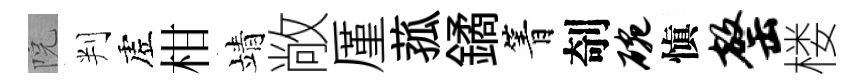
院判虗柑靖敞厪菰鐍箐剞碗愼罄楼